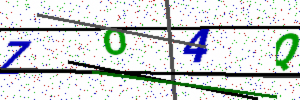
Text: ZO4Q